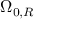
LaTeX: \Omega _ { 0 , R }